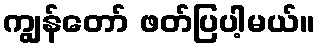
ကျွန်တော် ဖတ်ပြပါ့မယ်။